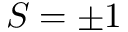
S = \pm 1